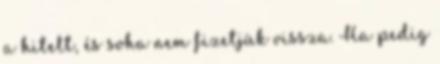
a hitelt, és soha nem fizetjük vissza. Ha pedig